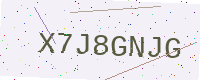
Text: X7J8GNJG